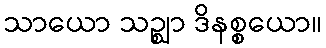
သာယော သဉ္ဈာ ဒိနစ္စယော။